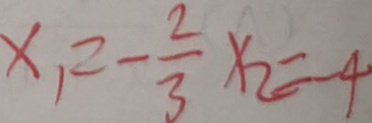
x _ { 1 } = - \frac { 2 } { 3 } x _ { 2 } = - 4